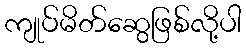
ကျုပ်မိတ်ဆွေဖြစ်လို့ပါ